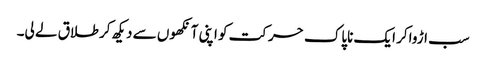
سب اڑواکر ایک ناپاک حرکت کو اپنی آنکھوں سے دیکھ کر طلاق لے لی۔